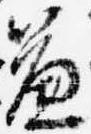
簾